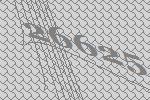
26625